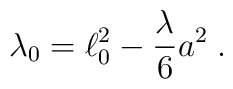
\lambda_0=\ell_0^2-\frac{\lambda}{6}a^2\;.